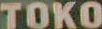
TOKO